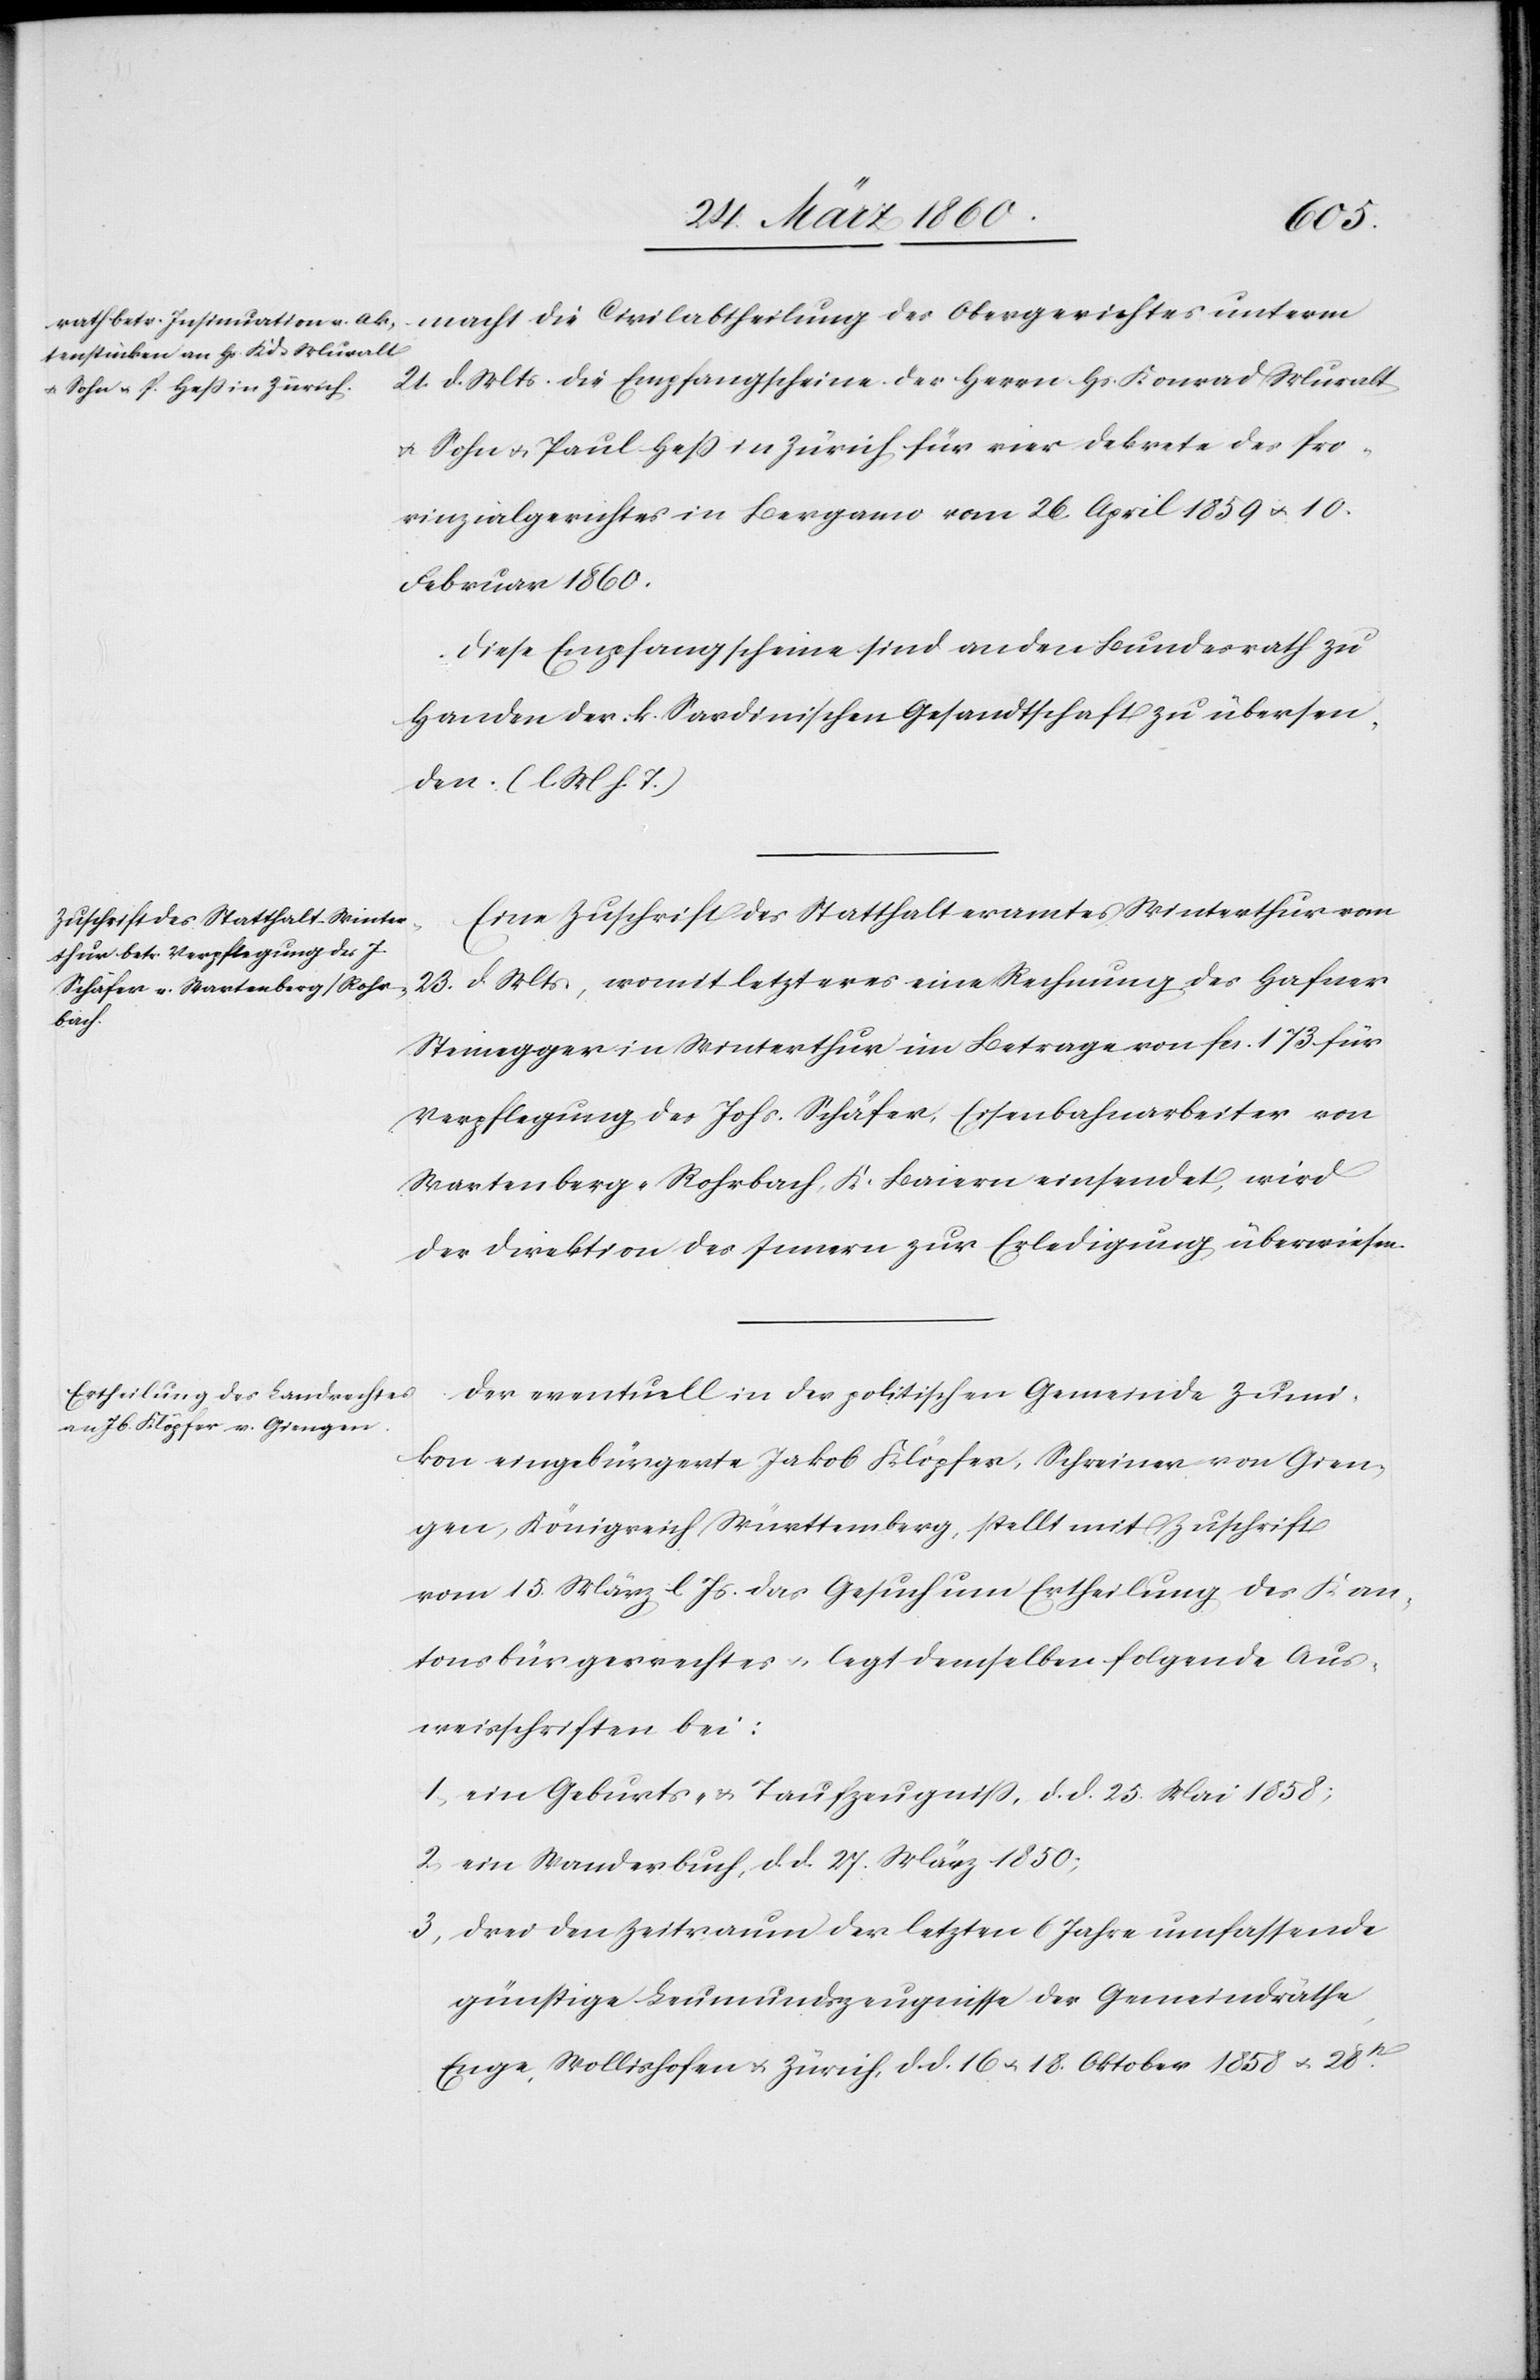
macht die Civilabtheilung des Obergerichtes unterm
21. d. Mts. die Empfangscheine der Herrn Hs. Konrad Muralt
u. Sohn u. Paul Hess in Zürich für vier Dekrete des Pro¬
vinzialgerichtes in Bergamo vom 26. April 1859 u. 10.
Februar 1860.
Diese Empfangscheine sind an den Bundesrath zu
Handen der k. Sardinischen Gesandtschaft zu übersen¬
den. [l. M. h. T]
Eine Zuschrift des Statthalteramtes Winterthur vom
23. d. Mts., womit letzteres eine Rechnung des Hafner
Steinegger in Winterthur im Betrage fcs. 173. für
Verpflegung des Johs. Schäfer, Eisenbahnarbeiter von
Wartenberg-Rohrbach, K. Baiern einsendet, wird
der Direktion des Innern zur Erledigung überwiesen.
Der eventuell in der politischen Gemeinde Zumi¬
kon eingebürgerte Jakob Klöpfer, Schreiner von Gien¬
gen, Königreich Württemberg, stellt mit Zuschrift
vom 15. März l. Js. das Gesuch um Ertheilung des Kan¬
tonsbürgerrechtes u. legt demselben folgende Aus¬
weisschriften bei:
1. ein Geburts- u. Taufschein, d. d. 25. Mai 1858;
2. ein Standesbuch, d. d. 27. März 1850;
3. drei den Zeitraum der letzten 6 Jahre umfassende
günstige Leumundszeugnisse der Gemeindräthe
Enge, Wollishofen u. Zürich, d. d. 16. u. 18. Oktober 1858 u. 28t